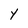
Character: Y